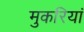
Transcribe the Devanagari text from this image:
मुकरियां